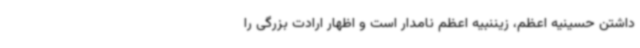
داشتن حسینیه اعظم، زیننبیه اعظم نامدار است و اظهار ارادت بزرگی را